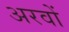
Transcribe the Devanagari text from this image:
अरवों